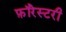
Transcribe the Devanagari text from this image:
फ़ॉरेस्टरी